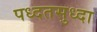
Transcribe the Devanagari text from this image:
पध्दतसुध्दा